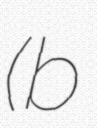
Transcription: (b